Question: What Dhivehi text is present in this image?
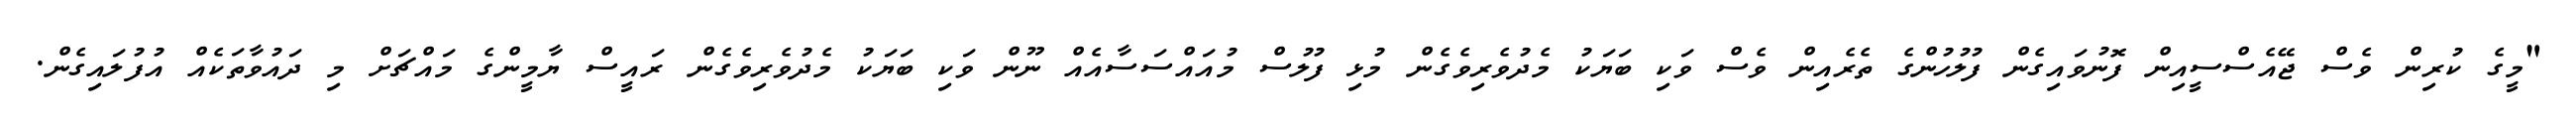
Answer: "މީގެ ކުރިން ވެސް ޖޭއެސްސީއިން ފޮނުވައިގެން ފުލުހުންގެ ތެރެއިން ވެސް ވަކި ބަޔަކު މެދުވެރިވެގެން މުޅި ފުލުސް މުއައްސަސާއެއް ނޫން ވަކި ބަޔަކު މެދުވެރިވެގެން ރައީސް ޔާމީންގެ މައްޗަށް މި ދައުވާތަކެއް އުފުލައިގެން.